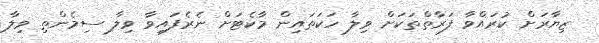
ޒިޔާރަށް ކުރައްވާ ފަރާތްތަކަށް ވިލާ ހަކަތައިން މާކެޓަށް ނެރެފައިވާ ވިލާ ސިމެންތި ވިލާ